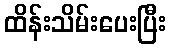
ထိန်းသိမ်းပေးပြီး